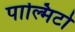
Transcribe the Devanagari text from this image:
पाल्मिटो